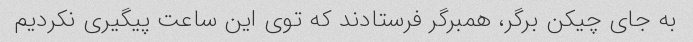
به جای چیکن‌ برگر، همبرگر فرستادند که توی این ساعت پیگیری نکردیم